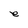
Character: e